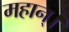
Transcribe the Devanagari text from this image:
महान्‌।